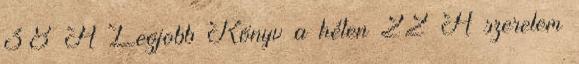
38 A Legjobb Könyv a héten 22 A szerelem